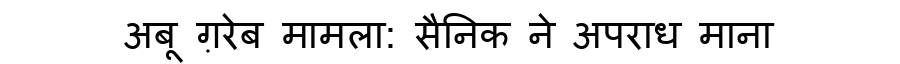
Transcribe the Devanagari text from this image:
अबू ग़रेब मामला: सैनिक ने अपराध माना